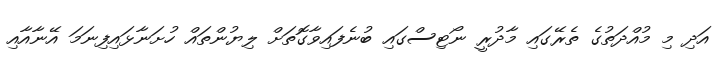
އަދި މި މުއްދަތުގެ ތެރޭގައި މާދުރީ ނޯޓިސްގައި ބުނެފައިވާގޮތަށް ލިޔުންތައް ހުށަނާޅައިފިނަމަ އޭނާއާއި